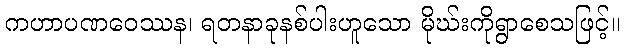
ကဟာပဏဝေဿန၊ ရတနာခုနစ်ပါးဟူသော မိုဃ်းကိုရွာစေသဖြင့်။